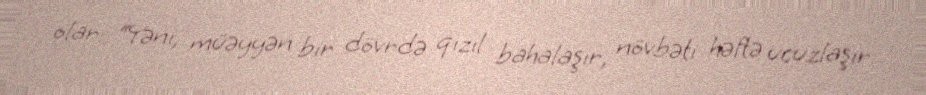
olar: “Yəni, müəyyən bir dövrdə qızıl bahalaşır, növbəti həftə ucuzlaşır.